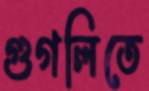
গুগলিতে